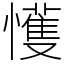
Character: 㦜